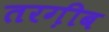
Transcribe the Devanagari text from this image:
तरग़ीब